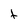
Character: t